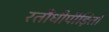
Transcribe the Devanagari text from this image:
रतौंधीपीड़ितों